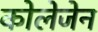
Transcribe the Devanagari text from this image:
कोलेजेन